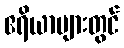
ဧရိယာများတွင်